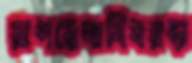
রূপরেখাবিষয়ক